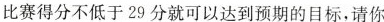
比赛得分不低于29分就可以达到预期的目标，请你